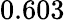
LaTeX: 0.603